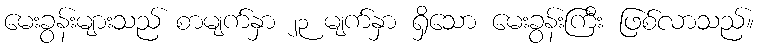
မေးခွန်းများသည် စာမျက်နှာ ၂၃ မျက်နှာ ရှိသော မေးခွန်းကြီး ဖြစ်လာသည်။